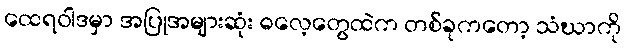
ထေရဝါဒမှာ အပြုအများဆုံး ဓလေ့တွေထဲက တစ်ခုကတော့ သံဃာကို